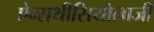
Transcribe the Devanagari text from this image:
ऐन्सथीसियोलाजी